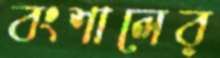
বংশালের